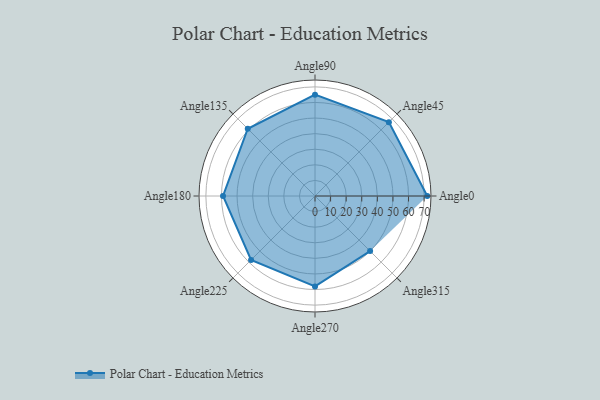
{"axis": {"x": "Angle", "y": "Radius"}, "legend": [""], "data": [{"x": "Angle0", "y": 72.0, "type": ""}, {"x": "Angle45", "y": 67.0, "type": ""}, {"x": "Angle90", "y": 65.0, "type": ""}, {"x": "Angle135", "y": 61.0, "type": ""}, {"x": "Angle180", "y": 59.0, "type": ""}, {"x": "Angle225", "y": 58.0, "type": ""}, {"x": "Angle270", "y": 58.0, "type": ""}, {"x": "Angle315", "y": 50.0, "type": ""}]}